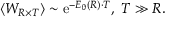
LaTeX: \left< W _ { R \times T } \right> \sim \mathrm { e } ^ { - E _ { 0 } ( R ) \cdot T } , ~ T \gg R .